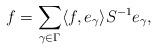
LaTeX: \begin{align*}f = \sum_{\gamma \in \Gamma} \langle f, e_\gamma \rangle S^{-1} e_\gamma ,\end{align*}